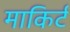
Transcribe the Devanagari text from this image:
माकिर्ट